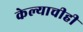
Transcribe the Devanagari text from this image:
केल्याचीही